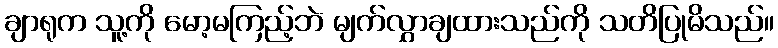
ချာရုက သူ့ကို မော့မကြည့်ဘဲ မျက်လွှာချထားသည်ကို သတိပြုမိသည်။